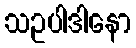
သဥပါဒါနော